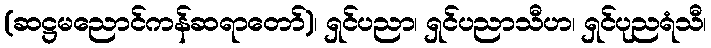
(ဆဋ္ဌမညောင်ကန်ဆရာတော်)၊ ရှင်ပညာ၊ ရှင်ပညာသီဟ၊ ရှင်ပုညရံသီ၊